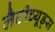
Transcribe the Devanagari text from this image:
लैटीच्यूड्स